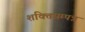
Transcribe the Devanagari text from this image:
शक्तिसम्पन्न